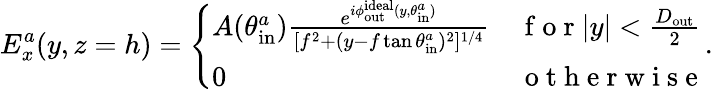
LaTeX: E_{x}^{a}(y,z=h)=\left\{ \begin{array}{ll}{A(\theta_{\mathrm{in}}^{a})\frac{e^{i\phi_{\mathrm{out}}^{\mathrm{ideal}}(y,\theta_{\mathrm{in}}^{a})}}{[f^{2}+(y-f\tan{\theta_{\mathrm{in}}^{a}})^{2}]^{{1}/{4}}}}&{\mathrm{~f~o~r~}|y|<\frac{D_{\mathrm{out}}}{2}}\\ {0}&{\mathrm{~o~t~h~e~r~w~i~s~e~}}\end{array}\right..